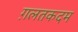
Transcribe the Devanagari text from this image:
ग़लतकदम